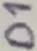
Text: D1